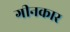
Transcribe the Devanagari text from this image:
गीनकार